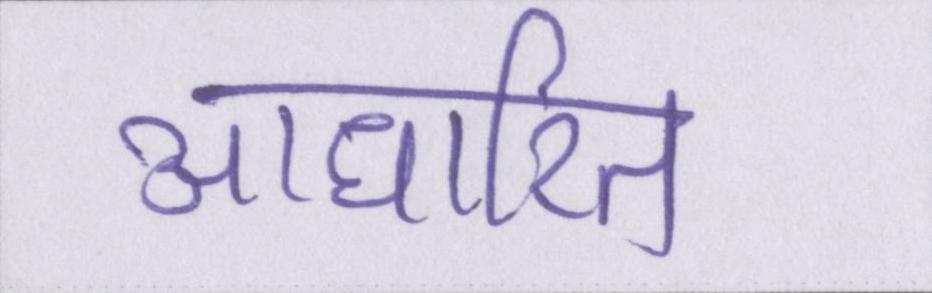
आधारित